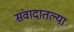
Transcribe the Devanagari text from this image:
संवादातल्या